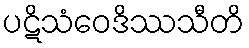
ပဋိသံဝေဒိဿသီတိ